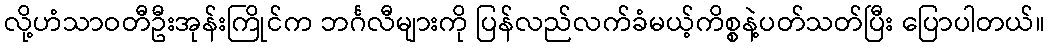
လို့ဟံသာဝတီဦးအုန်းကြိုင်က ဘင်္ဂလီများကို ပြန်လည်လက်ခံမယ့်ကိစ္စနဲ့ပတ်သတ်ပြီး ပြောပါတယ်။